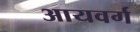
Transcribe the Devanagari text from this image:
आयवर्ग